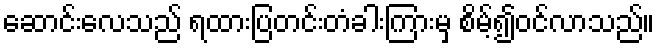
ဆောင်းလေသည် ရထားပြတင်းတံခါးကြားမှ စိမ့်၍ဝင်လာသည်။